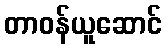
တာဝန်ယူဆောင်